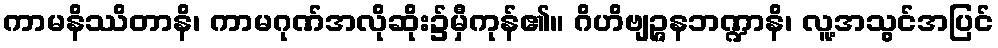
ကာမနိဿိတာနိ၊ ကာမဂုဏ်အလိုဆိုး၌မှီကုန်၏။ ဂိဟိဗျဉ္ဇနဘဏ္ဍာနိ၊ လူ့အသွင်အပြင်